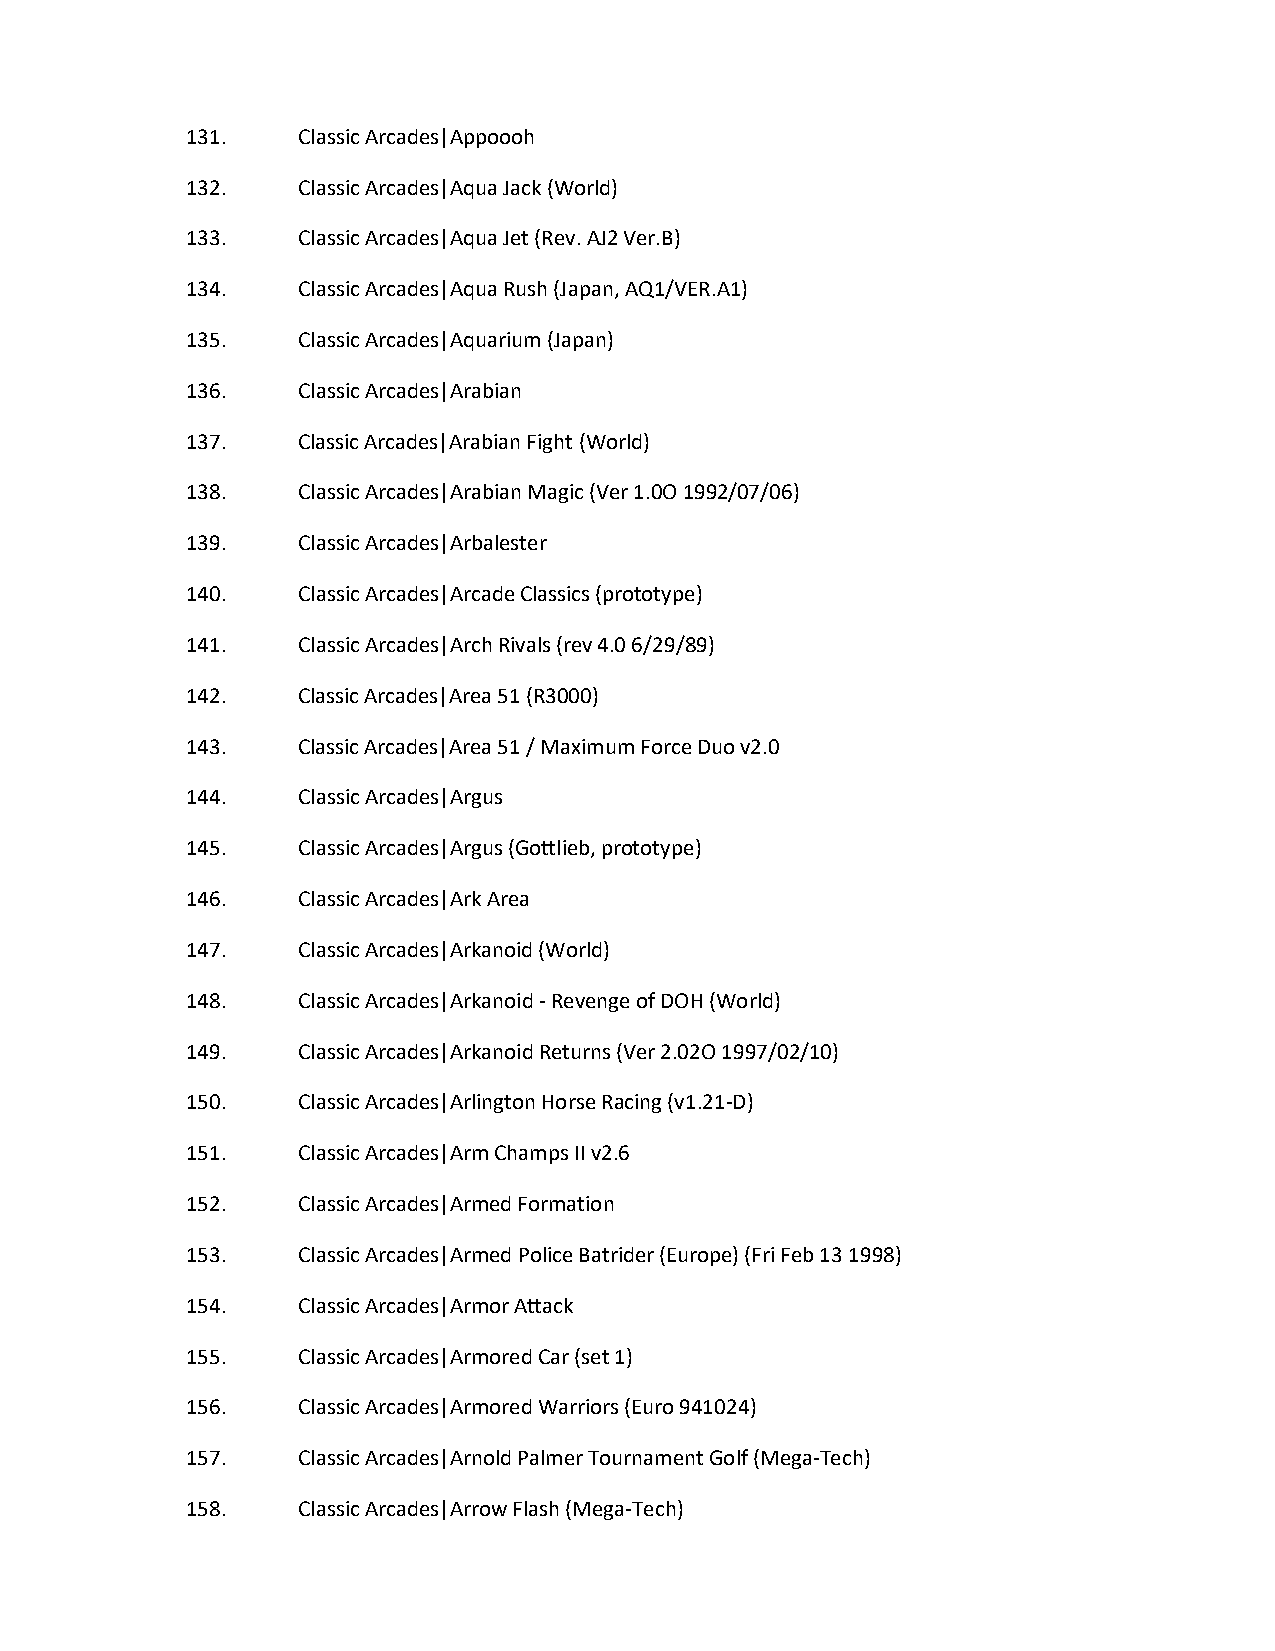
131.    Classic Arcades|Appoooh
 132.    Classic Arcades|Aqua Jack (World)
 133.    Classic Arcades|Aqua Jet (Rev. AJ2 Ver.B)
 134.    Classic Arcades|Aqua Rush (Japan, AQ1/VER.A1)
 135.    Classic Arcades|Aquarium (Japan)
 136.    Classic Arcades|Arabian
 137.    Classic Arcades|Arabian Fight (World)
 138.    Classic Arcades|Arabian Magic (Ver 1.0O 1992/07/06)
 139.    Classic Arcades|Arbalester
 140.    Classic Arcades|Arcade Classics (prototype)
 141.    Classic Arcades|Arch Rivals (rev 4.0 6/29/89)
 142.    Classic Arcades|Area 51 (R3000)
 143.    Classic Arcades|Area 51 / Maximum Force Duo v2.0
 144.    Classic Arcades|Argus
 145.    Classic Arcades|Argus (Gottlieb, prototype)
 146.    Classic Arcades|Ark Area
 147.    Classic Arcades|Arkanoid (World)
 148.    Classic Arcades|Arkanoid - Revenge of DOH (World)
 149.    Classic Arcades|Arkanoid Returns (Ver 2.02O 1997/02/10)
 150.    Classic Arcades|Arlington Horse Racing (v1.21-D)
 151.    Classic Arcades|Arm Champs II v2.6
 152.    Classic Arcades|Armed Formation
 153.    Classic Arcades|Armed Police Batrider (Europe) (Fri Feb 13 1998)
 154.    Classic Arcades|Armor Attack
 155.    Classic Arcades|Armored Car (set 1)
 156.    Classic Arcades|Armored Warriors (Euro 941024)
 157.    Classic Arcades|Arnold Palmer Tournament Golf (Mega-Tech)
 158.    Classic Arcades|Arrow Flash (Mega-Tech)